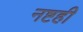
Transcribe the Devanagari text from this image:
नष्टही